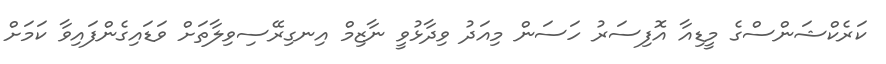
ކަރެކްޝަންސްގެ މީޑިއާ އޮފިސަރު ހަސަން މިއަދު ވިދާޅުވީ ނާޒިމް އިނގިރޭސިވިލާތަށް ވަޑައިގެންފައިވާ ކަމަށް